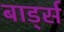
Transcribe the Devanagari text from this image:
बार्ड्स